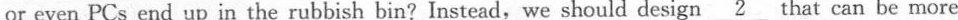
or even PCs end up in the rubbish bin?Instead,we should design \underline{2} that can be more